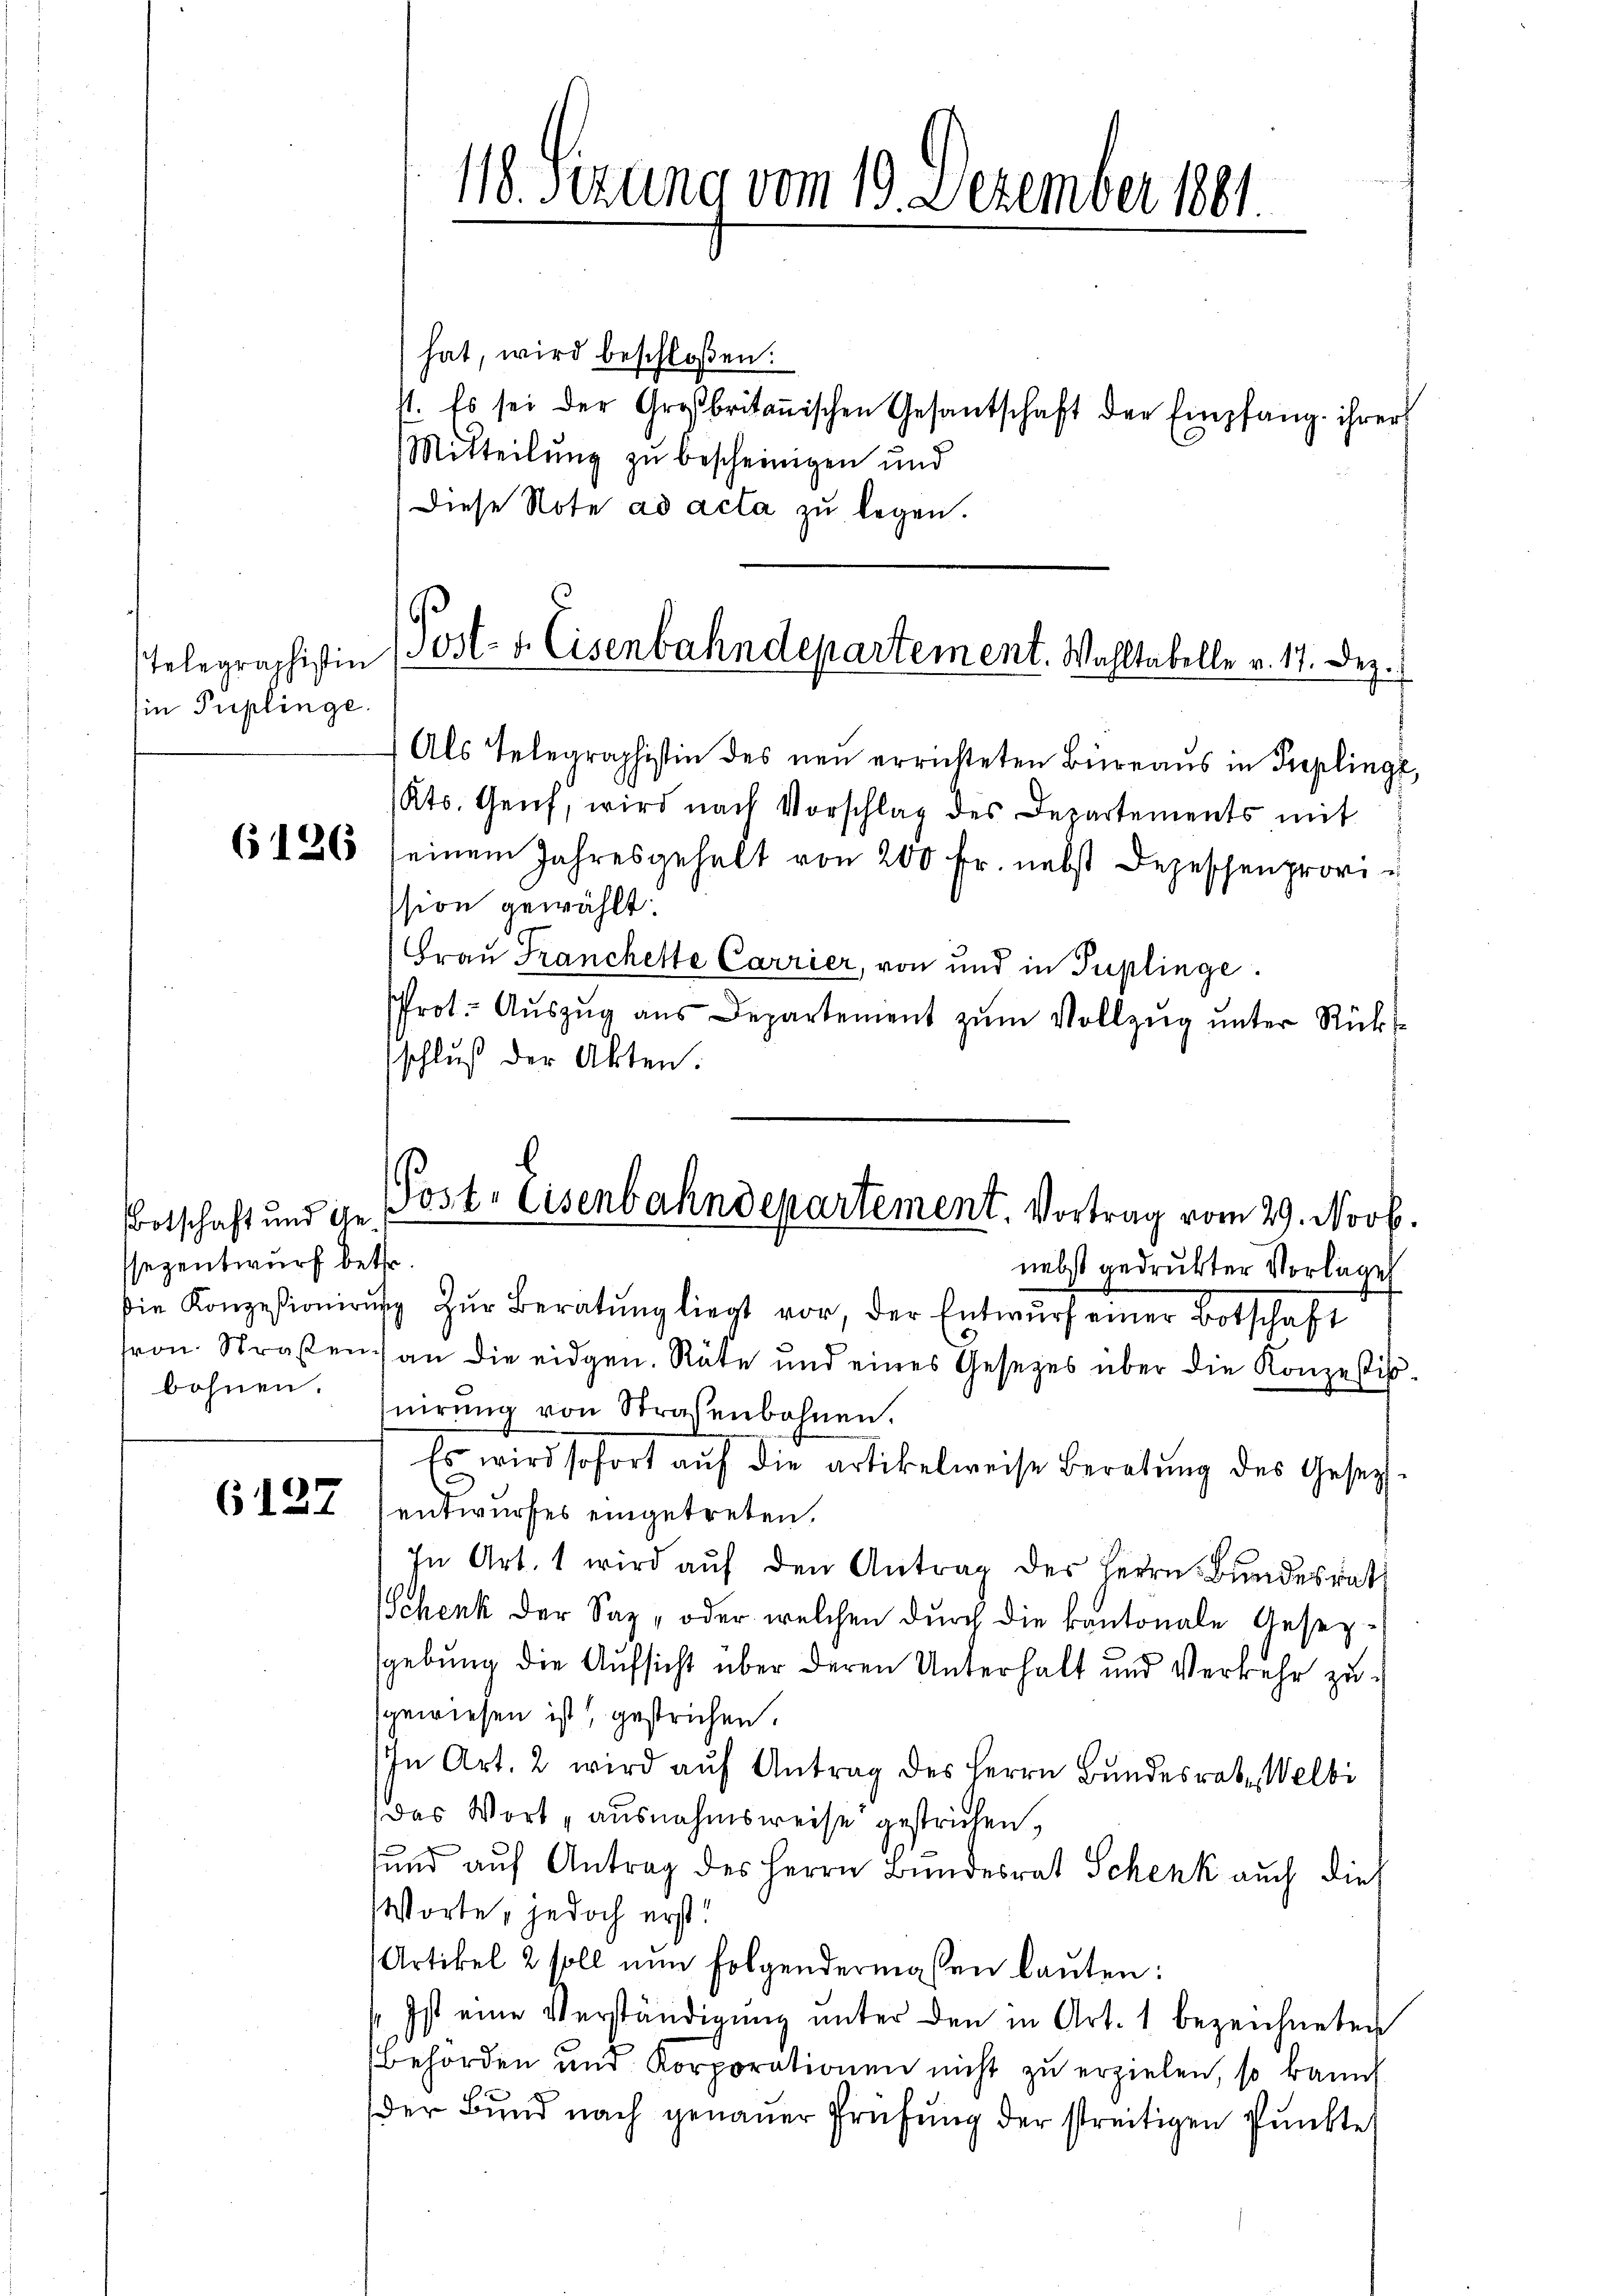
Telegraphistin
in Puplinge.

BBotschaft und Ge
ssezentwurf betr.
bohnen.

6127

hat, wird beschloßen:
st. Es sei der Großbritanischen Gesantschaft der Empfang ihrer
Mitteilung zu bescheinigen und
Diese Note ad acta zu legen.
Als Telegraphistin des neu errichteten Büreaŭs in Preplinge,
(Kts. Genf, wird nach Vorschlag des Departements mit
6126 seinem Jahresgehalt von 200 fr. nebst Depeschenprovission gewählt:
Frau Franchette Carrier, von und in Tuplinge.
rot. Aŭszŭg ans Departement zŭm Vollzŭg ŭnter Rücks
schluß der Akten.
nebst gedrukter Vorlage
die Konzessionirŭng zŭr Beratŭng liegt vor, der Entwurf einer Botschaft
ron Straßen an die eidgen. Räte und eines Gesetzes über die Konzestifnirŭng von Straßenbohnen.
Es wird sofort aŭf die artikelweise Beratŭng des Gesetz-
entwurfes eingetreten.
In Art. 1 wird aŭf den Antrag des Herrn Bundesrath
Schenk der Sag, oder welchen durch die kantonale Gesezgebung die Aufsicht über deren Unterhalt und Verkehr zusgewiesen ist, gestrichen.
In Art. 2 wird aŭf Antrag des Herrn Bundesrat. Welbi
(das Wort „ausnahmsweise gestrichen,
und auf Antrag des Herrn Bundesrat Schenk auch dies
Worte, jedoch erst!
Artikel 2 soll nun folgendermassen lauten:
Ist eine Verständigŭng ŭnter den in Art. 1 bezeichneten
Behörden und Korporationen nicht zu erzielen, so kannt
der Bund nach genauer Prüfung der streitigen Pŭnkte

118. Ferung vom 19. Dezember 1881.

Post- u. Eisenbahndepartement. Wahltabelle v. 11. Dez.

Post. Eisenbahndepartement. Vortrag vom 29. Novb.